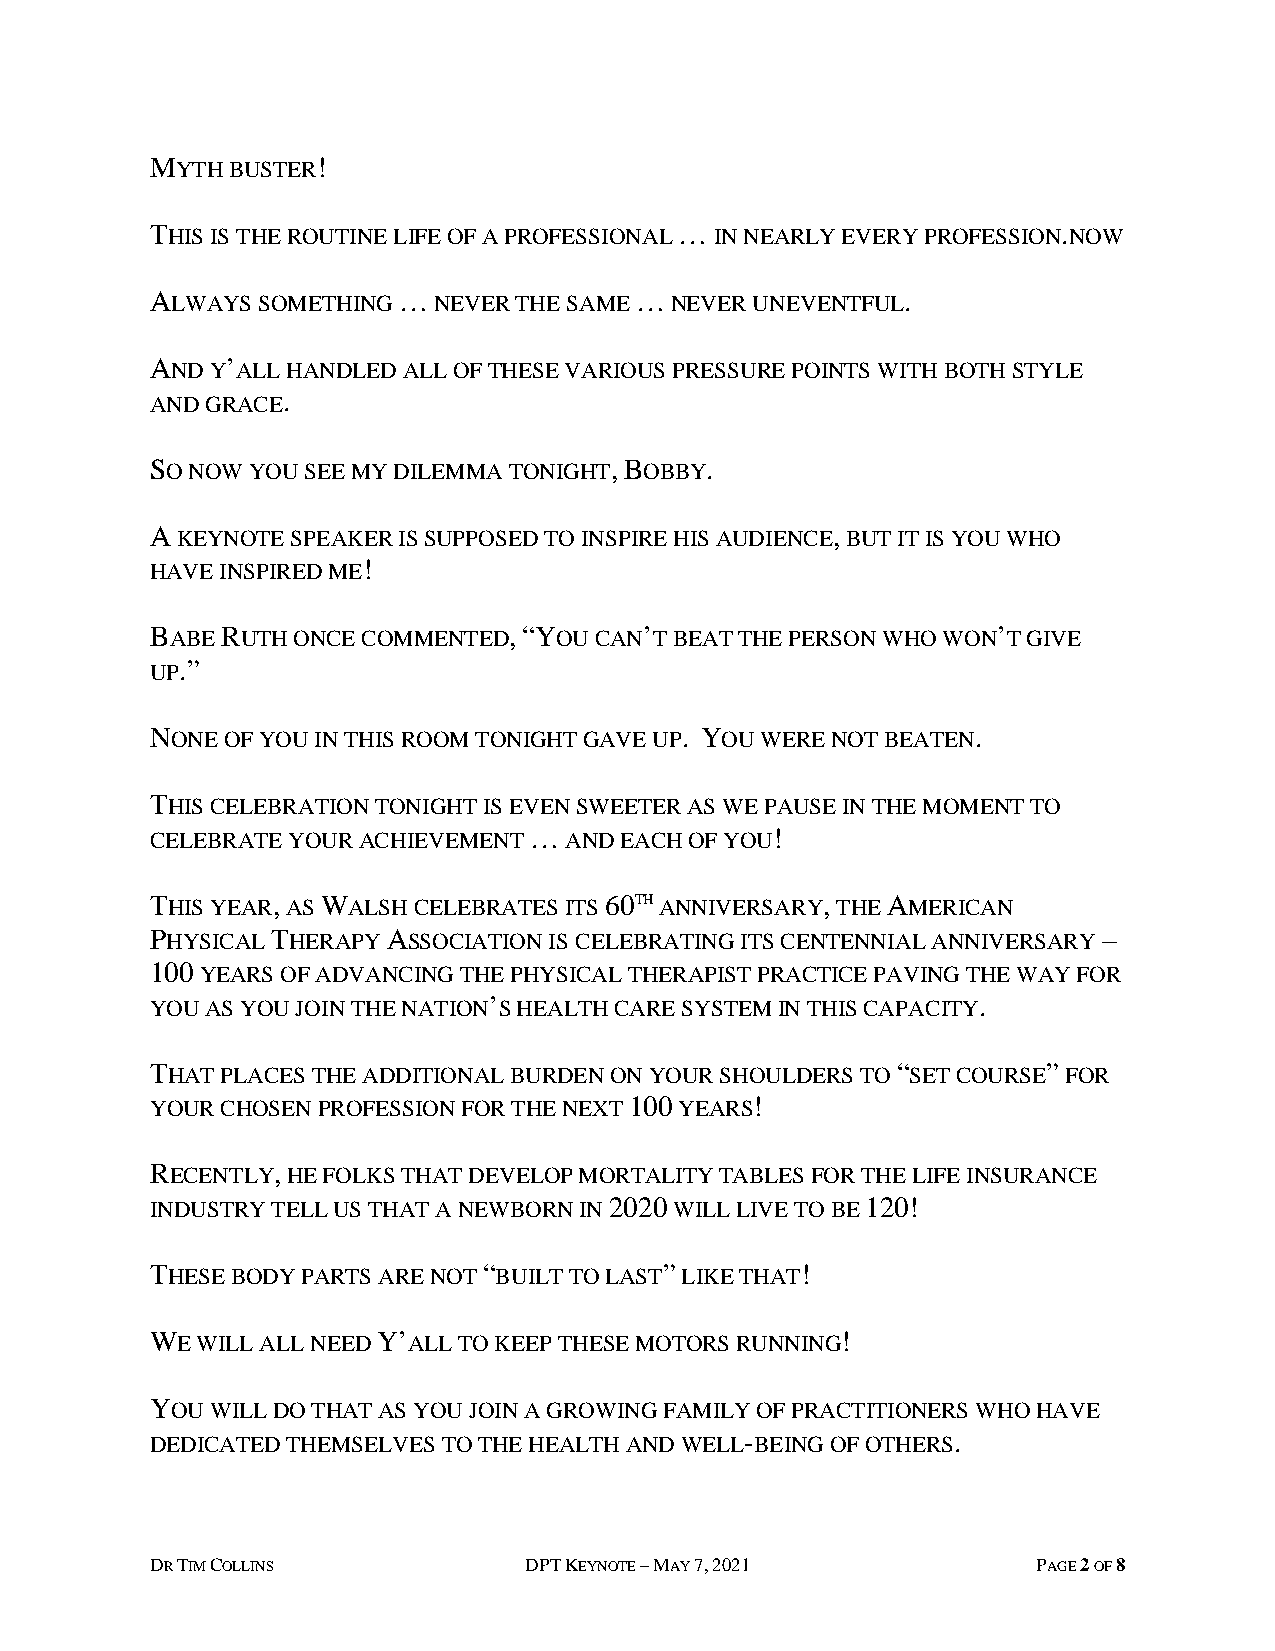
MYTH BUSTER!
 THIS IS THE ROUTINE LIFE OF A PROFESSIONAL … IN NEARLY EVERY PROFESSION.NOW
 ALWAYS SOMETHING … NEVER THE SAME … NEVER UNEVENTFUL.
 AND Y’ALL HANDLED ALL OF THESE VARIOUS PRESSURE POINTS WITH BOTH STYLE
 AND GRACE.
 SO NOW YOU SEE MY DILEMMA TONIGHT, BOBBY.
 A KEYNOTE SPEAKER IS SUPPOSED TO INSPIRE HIS AUDIENCE, BUT IT IS YOU WHO
 HAVE INSPIRED ME!
 BABE RUTH ONCE COMMENTED, “YOU CAN’T BEAT THE PERSON WHO WON’T GIVE
 UP.”
 NONE OF YOU IN THIS ROOM TONIGHT GAVE UP. YOU WERE NOT BEATEN.
 THIS CELEBRATION TONIGHT IS EVEN SWEETER AS WE PAUSE IN THE MOMENT TO
 CELEBRATE YOUR ACHIEVEMENT … AND EACH OF YOU!
 THIS YEAR, AS WALSH CELEBRATES ITS 60TH ANNIVERSARY, THE AMERICAN
 PHYSICAL THERAPY ASSOCIATION IS CELEBRATING ITS CENTENNIAL ANNIVERSARY –
 100 YEARS OF ADVANCING THE PHYSICAL THERAPIST PRACTICE PAVING THE WAY FOR
 YOU AS YOU JOIN THE NATION’S HEALTH CARE SYSTEM IN THIS CAPACITY.
 THAT PLACES THE ADDITIONAL BURDEN ON YOUR SHOULDERS TO “SET COURSE” FOR
 YOUR CHOSEN PROFESSION FOR THE NEXT 100 YEARS!
 RECENTLY, HE FOLKS THAT DEVELOP MORTALITY TABLES FOR THE LIFE INSURANCE
 INDUSTRY TELL US THAT A NEWBORN IN 2020 WILL LIVE TO BE 120!
 THESE BODY PARTS ARE NOT “BUILT TO LAST” LIKE THAT!
 WE WILL ALL NEED Y’ALL TO KEEP THESE MOTORS RUNNING!
 YOU WILL DO THAT AS YOU JOIN A GROWING FAMILY OF PRACTITIONERS WHO HAVE
 DEDICATED THEMSELVES TO THE HEALTH AND WELL-BEING OF OTHERS.
 DR TIM COLLINS           DPT KEYNOTE – MAY 7, 2021         PAGE 2 OF 8